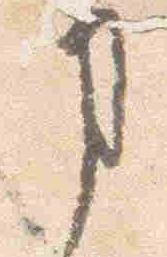
事